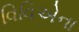
વિવિએના